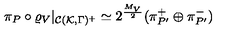
\pi _ { P } \circ \varrho _ { V } | _ { { \cal C } ( { \cal K } , \Gamma ) ^ { + } } \simeq 2 ^ { \frac { M _ { V } } { 2 } } ( \pi _ { P ^ { \prime } } ^ { + } \oplus \pi _ { P ^ { \prime } } ^ { - } )